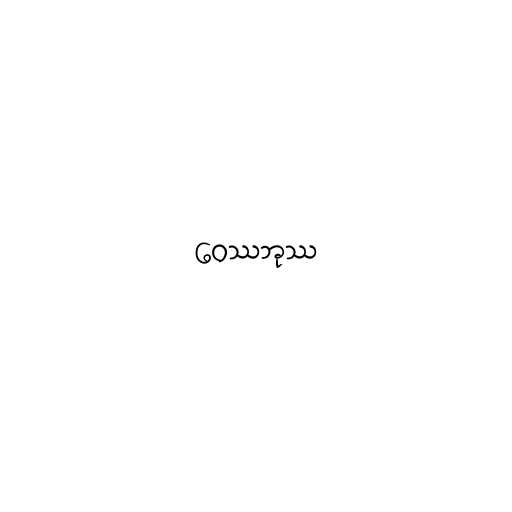
ဝေဿဘုဿ